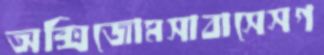
অক্সিজোমসাবাসেসগ